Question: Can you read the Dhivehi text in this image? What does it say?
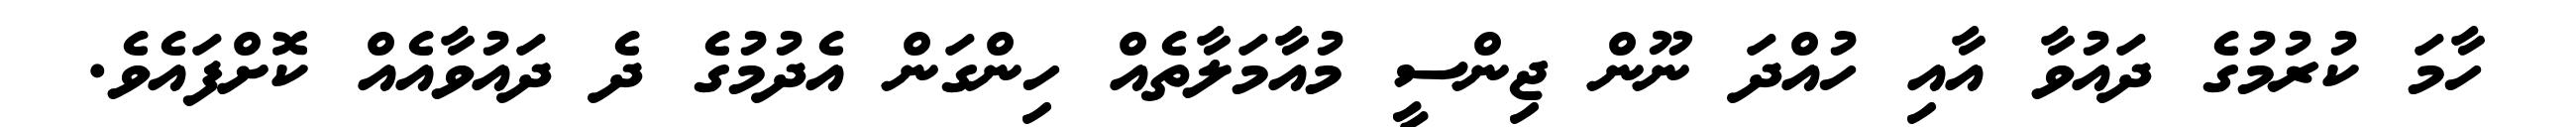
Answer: ހާމަ ކުރުމުގެ ދައުވާ އާއި ހުއްދަ ނޫން ޖިންސީ މުއާމަލާތެއް ހިންގަން އެދުމުގެ ދެ ދައުވާއެއް ކޮށްފައެވެ.